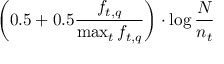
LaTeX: \left( 0 . 5 + 0 . 5 { \frac { f _ { t , q } } { \operatorname* { m a x } _ { t } f _ { t , q } } } \right) \cdot \log { \frac { N } { n _ { t } } }